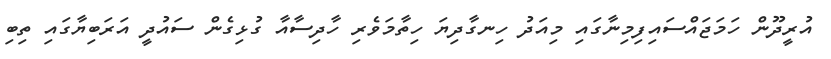
އުރީދޫން ހަމަޖައްސައިފިމިނާގައި މިއަދު ހިނގާދިޔަ ހިތާމަވެރި ހާދިސާއާ ގުޅިގެން ސައުދީ އަރަބިޔާގައި ތިބި